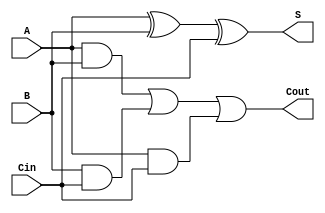
module async_full_adder (
    input wire A,      // First input operand
    input wire B,      // Second input operand
    input wire Cin,    // Carry-in input
    output wire S,     // Sum output
    output wire Cout    // Carry-out output
);

// Internal signals for intermediate calculations
wire AxorB;          // Intermediate signal for A XOR B
wire AB;             // Intermediate signal for A AND B
wire BCin;           // Intermediate signal for B AND Cin
wire ACin;           // Intermediate signal for A AND Cin

// Sum output calculation: S = A XOR B XOR Cin
assign AxorB = A ^ B;          // First XOR operation
assign S = AxorB ^ Cin;        // Second XOR operation

// Carry output calculation: Cout = (A AND B) OR (B AND Cin) OR (A AND Cin)
assign AB = A & B;             // A AND B
assign BCin = B & Cin;         // B AND Cin
assign ACin = A & Cin;         // A AND Cin
assign Cout = AB | BCin | ACin; // OR operation for carry-out

endmodule